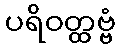
ပရိဝတ္ထဗ္ဗံ